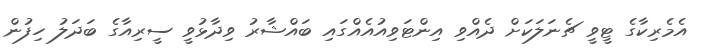
އެމެރިކާގެ ޓީވީ ޗެނަލަކަށް ދެއްވި އިންޓަވިއުއެއްގައި ބައްޝާރު ވިދާޅުވީ ސީރިއާގެ ބަދަލު ހިފުން